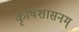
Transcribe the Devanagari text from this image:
कृषिशासनम्